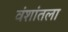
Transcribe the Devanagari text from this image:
वंशांतला